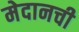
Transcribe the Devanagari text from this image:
मेदानची